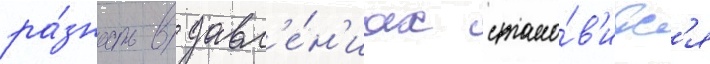
ра́зность в давл'е́н'иах стано́в'итс'я